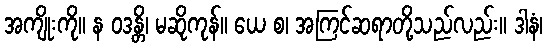
အကျိုးကို။ န ဝဒန္တိ၊ မဆိုကုန်။ ယေ စ၊ အကြင်ဆရာတို့သည်လည်း။ ဒါနံ၊